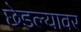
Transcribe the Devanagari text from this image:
छेडल्यावर